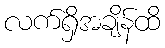
လက်ရှိအချိန်ထိ